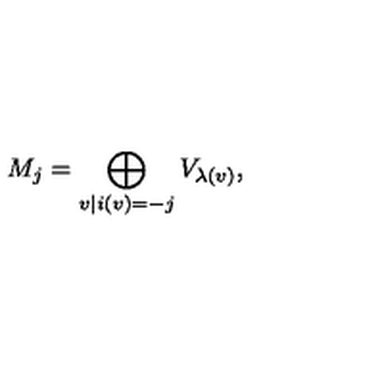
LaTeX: M _ { j } = \bigoplus _ { v | i ( v ) = - j } V _ { \lambda ( v ) } ,